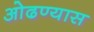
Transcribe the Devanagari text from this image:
ओढण्यास